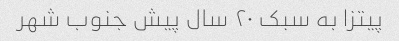
پیتزا به سبک ٢٠ سال پیش جنوب شهر